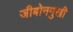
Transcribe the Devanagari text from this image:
जीबोनमुखी